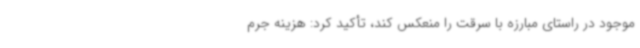
موجود در راستای مبارزه با سرقت را منعکس کند، تأکید کرد: هزینه جرم